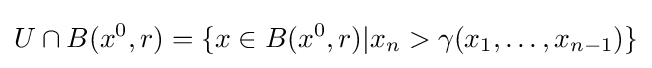
U\cap B(x^{0},r)=\{x\in B(x^{0},r)|x_{n}>\gamma (x_{1},\dots ,x_{n-1})\}